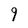
Character: 9